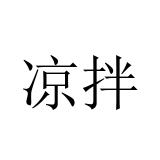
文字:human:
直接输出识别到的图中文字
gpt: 凉拌